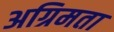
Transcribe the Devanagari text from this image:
अग्रिमता